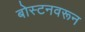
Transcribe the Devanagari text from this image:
बोस्टनवरून